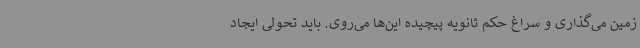
زمین می‌گذاری و سراغ حکم ثانویه پیچیده این‌ها می‌روی. باید تحولی ایجاد